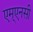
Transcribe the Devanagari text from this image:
एम्एनसी